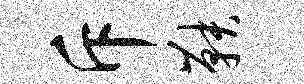
斥鞅